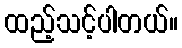
ထည့်သင့်ပါတယ်။